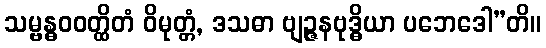
သမ္ဗန္ဓဝဝတ္ထိတံ ဝိမုတ္တံ, ဒသဓာ ဗျဉ္ဇနဗုဒ္ဓိယာ ပဘေဒေါ”တိ။